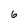
Character: 6